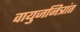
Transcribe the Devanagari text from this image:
वायुजनित्रांत